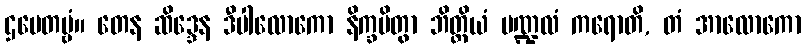
ဌပေတဗ္ဗံ။ တေန ဆိဒ္ဒေန ဒီပါလောကော နိက္ခမိတွာ ဘိတ္တိယံ မဏ္ဍလံ ကရောတိ, တံ အာလောကော